65_HS1-834228961_62-HQ-83894_Section_9
Agency: FBI
Page 111
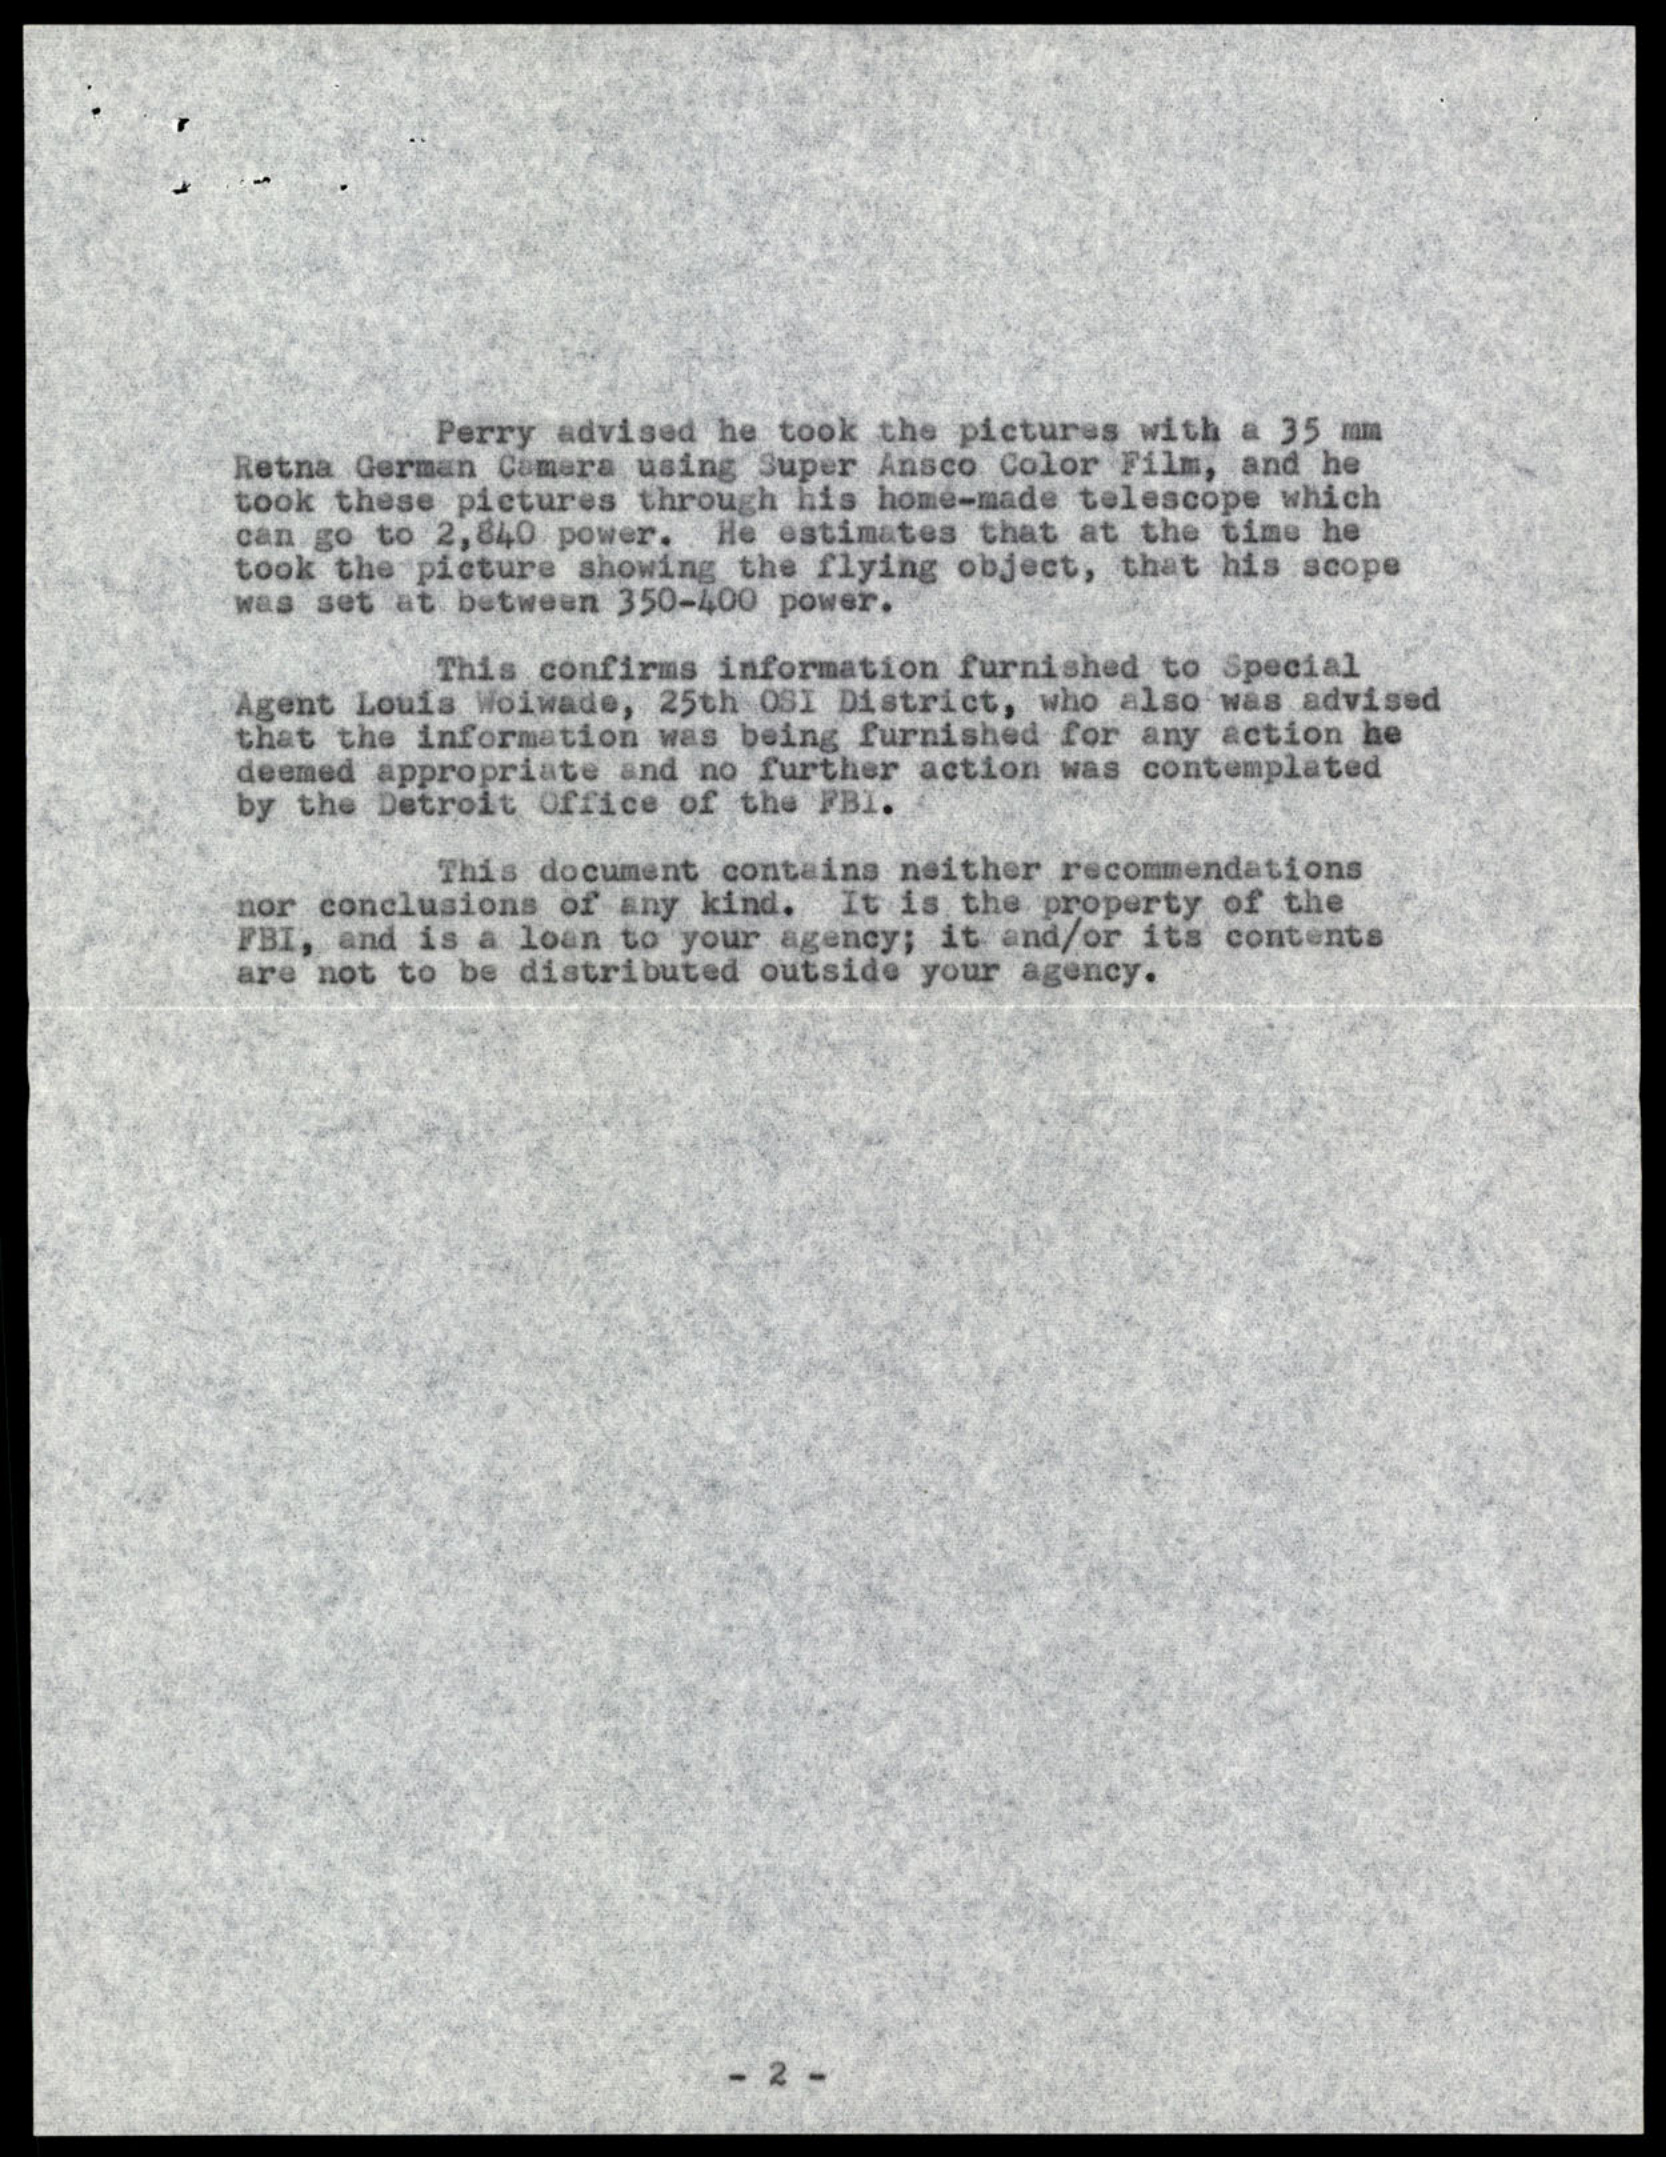